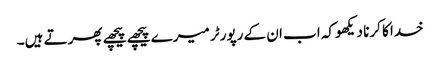
خدا کا کرنا دیکھو کہ اب ان کے رپورٹر میرے پیچھے پیچھے پھرتے ہیں۔